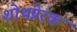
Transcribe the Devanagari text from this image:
शोथप्रेरक